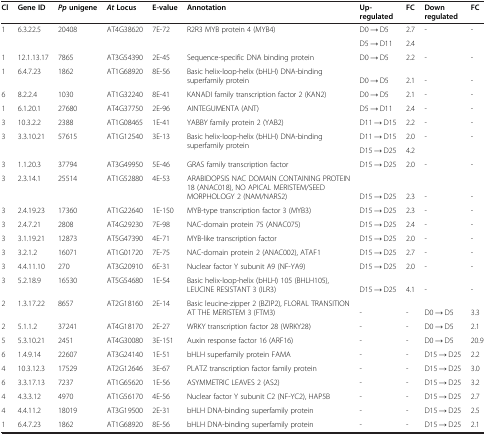
<table><thead><tr><td><b>Cl</b></td><td><b>Gene ID</b></td><td><b><i>Pp </i>unigene</b></td><td><b><i>At </i>Locus</b></td><td><b>E-value</b></td><td><b>Annotation</b></td><td><b>Up-regulated</b></td><td><b>FC</b></td><td><b>Down regulated</b></td><td><b>FC</b></td></tr></thead><tbody><tr><td rowspan="2">1</td><td rowspan="2">6.3.22.5</td><td rowspan="2">20408</td><td rowspan="2">AT4G38620</td><td rowspan="2">7E-72</td><td rowspan="2">R2R3 MYB protein 4 (MYB4)</td><td>D0 → D5</td><td>2.7</td><td>-</td><td>-</td></tr><tr><td>D5 → D11</td><td>2.4</td><td> </td><td> </td></tr><tr><td>1</td><td>12.1.13.17</td><td>7865</td><td>AT3G54390</td><td>2E-45</td><td>Sequence-specific DNA binding protein</td><td>D0 → D5</td><td>2.2</td><td>-</td><td>-</td></tr><tr><td>1</td><td>6.4.7.23</td><td>1862</td><td>AT1G68920</td><td>8E-56</td><td>Basic helix-loop-helix (bHLH) DNA-binding superfamily protein</td><td>D0 → D5</td><td>2.1</td><td>-</td><td>-</td></tr><tr><td>6</td><td>8.2.2.4</td><td>1030</td><td>AT1G32240</td><td>8E-41</td><td>KANADI family transcription factor 2 (KAN2)</td><td>D0 → D5</td><td>2.1</td><td>-</td><td>-</td></tr><tr><td>1</td><td>6.1.20.1</td><td>27680</td><td>AT4G37750</td><td>2E-96</td><td>AINTEGUMENTA (ANT)</td><td>D5 → D11</td><td>2.4</td><td>-</td><td>-</td></tr><tr><td>3</td><td>10.3.2.2</td><td>2388</td><td>AT1G08465</td><td>1E-41</td><td>YABBY family protein 2 (YAB2)</td><td>D11 → D15</td><td>2.2</td><td>-</td><td>-</td></tr><tr><td rowspan="2">3</td><td rowspan="2">3.3.10.21</td><td rowspan="2">57615</td><td rowspan="2">AT1G12540</td><td rowspan="2">3E-13</td><td rowspan="2">Basic helix-loop-helix (bHLH) DNA-binding superfamily protein</td><td>D11 → D15</td><td>2.0</td><td>-</td><td>-</td></tr><tr><td>D15 → D25</td><td>4.2</td><td> </td><td> </td></tr><tr><td>3</td><td>1.1.20.3</td><td>37794</td><td>AT3G49950</td><td>5E-46</td><td>GRAS family transcription factor</td><td>D15 → D25</td><td>2.0</td><td>-</td><td>-</td></tr><tr><td>3</td><td>2.3.14.1</td><td>25514</td><td>AT1G52880</td><td>4E-53</td><td>ARABIDOPSIS NAC DOMAIN CONTAINING PROTEIN 18 (ANAC018), NO APICAL MERISTEM/SEED MORPHOLOGY 2 (NAM/NARS2)</td><td>D15 → D25</td><td>2.3</td><td>-</td><td>-</td></tr><tr><td>3</td><td>2.4.19.23</td><td>17360</td><td>AT1G22640</td><td>1E-150</td><td>MYB-type transcription factor 3 (MYB3)</td><td>D15 → D25</td><td>2.3</td><td>-</td><td>-</td></tr><tr><td>3</td><td>2.4.7.21</td><td>2808</td><td>AT4G29230</td><td>7E-98</td><td>NAC-domain protein 75 (ANAC075)</td><td>D15 → D25</td><td>2.4</td><td>-</td><td>-</td></tr><tr><td>3</td><td>3.1.19.21</td><td>12873</td><td>AT5G47390</td><td>4E-71</td><td>MYB-like transcription factor</td><td>D15 → D25</td><td>2.0</td><td>-</td><td>-</td></tr><tr><td>3</td><td>3.2.1.2</td><td>16071</td><td>AT1G01720</td><td>7E-75</td><td>NAC-domain protein 2 (ANAC002), ATAF1</td><td>D15 → D25</td><td>2.7</td><td>-</td><td>-</td></tr><tr><td>3</td><td>4.4.11.10</td><td>270</td><td>AT3G20910</td><td>6E-31</td><td>Nuclear factor Y subunit A9 (NF-YA9)</td><td>D15 → D25</td><td>2.0</td><td>-</td><td>-</td></tr><tr><td>3</td><td>5.2.18.9</td><td>16530</td><td>AT5G54680</td><td>1E-54</td><td>Basic helix-loop-helix (bHLH) 105 (BHLH105), LEUCINE RESISTANT 3 (ILR3)</td><td>D15 → D25</td><td>4.1</td><td>-</td><td>-</td></tr><tr><td>2</td><td>1.3.17.22</td><td>8657</td><td>AT2G18160</td><td>2E-14</td><td>Basic leucine-zipper 2 (BZIP2), FLORAL TRANSITION AT THE MERISTEM 3 (FTM3)</td><td>-</td><td>-</td><td>D0 → D5</td><td>3.3</td></tr><tr><td>2</td><td>5.1.1.2</td><td>37241</td><td>AT4G18170</td><td>2E-27</td><td>WRKY transcription factor 28 (WRKY28)</td><td>-</td><td>-</td><td>D0 → D5</td><td>2.1</td></tr><tr><td>5</td><td>5.3.10.21</td><td>2451</td><td>AT4G30080</td><td>3E-151</td><td>Auxin response factor 16 (ARF16)</td><td>-</td><td>-</td><td>D0 → D5</td><td>20.9</td></tr><tr><td>6</td><td>1.4.9.14</td><td>22607</td><td>AT3G24140</td><td>1E-51</td><td>bHLH superfamily protein FAMA</td><td>-</td><td>-</td><td>D15 → D25</td><td>2.2</td></tr><tr><td>4</td><td>10.3.12.3</td><td>17529</td><td>AT2G12646</td><td>3E-67</td><td>PLATZ transcription factor family protein</td><td>-</td><td>-</td><td>D15 → D25</td><td>3.0</td></tr><tr><td>6</td><td>3.3.17.13</td><td>7237</td><td>AT1G65620</td><td>1E-56</td><td>ASYMMETRIC LEAVES 2 (AS2)</td><td>-</td><td>-</td><td>D15 → D25</td><td>3.2</td></tr><tr><td>4</td><td>4.3.3.12</td><td>4970</td><td>AT1G56170</td><td>4E-56</td><td>Nuclear factor Y subunit C2 (NF-YC2), HAP5B</td><td>-</td><td>-</td><td>D15 → D25</td><td>2.7</td></tr><tr><td>4</td><td>4.4.11.2</td><td>18019</td><td>AT3G19500</td><td>2E-31</td><td>bHLH DNA-binding superfamily protein</td><td>-</td><td>-</td><td>D15 → D25</td><td>2.5</td></tr><tr><td>1</td><td>6.4.7.23</td><td>1862</td><td>AT1G68920</td><td>8E-56</td><td>bHLH DNA-binding superfamily protein</td><td>-</td><td>-</td><td>D15 → D25</td><td>2.1</td></tr></tbody></table>